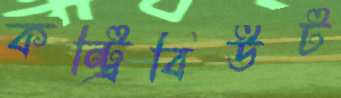
কন্ট্রিবিউট